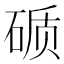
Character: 𰧉